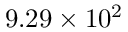
9 . 2 9 \times 1 0 ^ { 2 }